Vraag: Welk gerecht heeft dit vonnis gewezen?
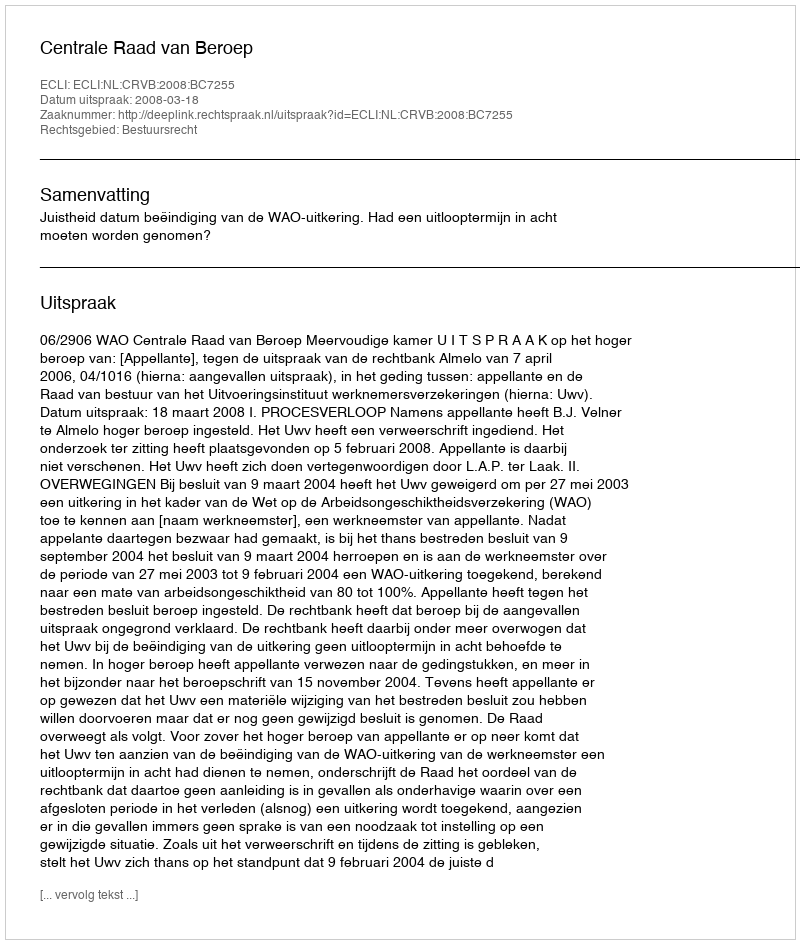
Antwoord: Centrale Raad van Beroep